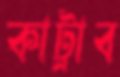
কাট্রাব